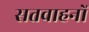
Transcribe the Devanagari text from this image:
सतवाहनों